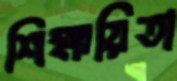
শিক্ষয়িতা